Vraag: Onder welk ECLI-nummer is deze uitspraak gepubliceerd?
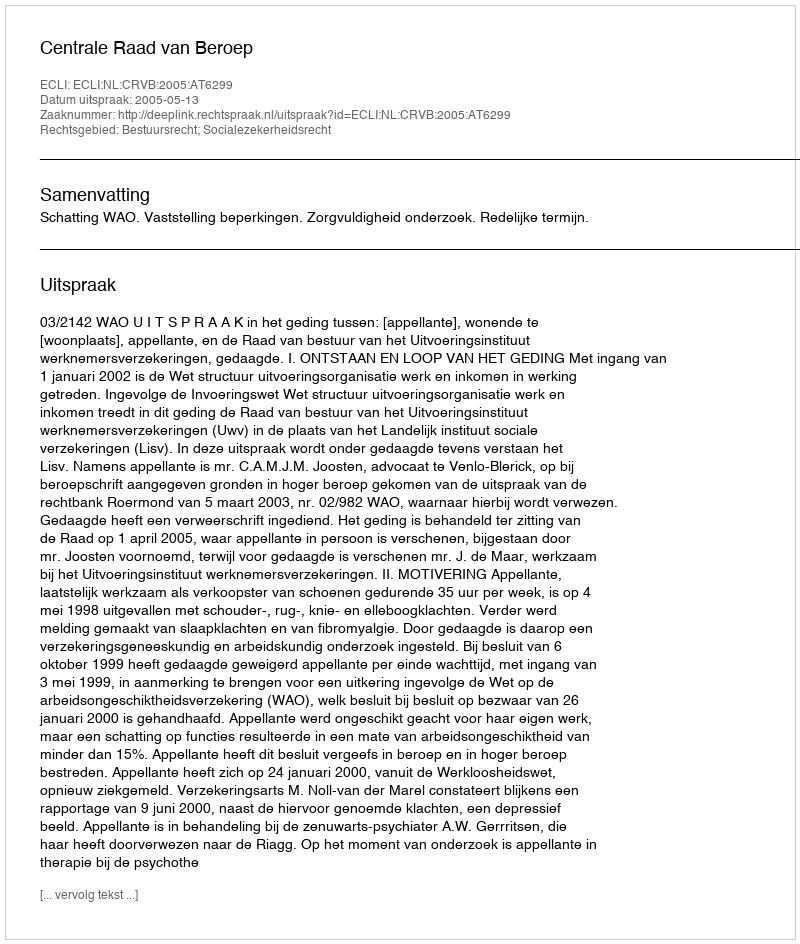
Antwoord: ECLI:NL:CRVB:2005:AT6299